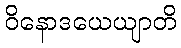
ဝိနောဒယေယျာတိ